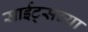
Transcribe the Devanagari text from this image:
साईट्सच्या